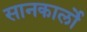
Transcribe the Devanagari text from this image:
सानकार्लो